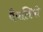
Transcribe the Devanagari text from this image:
पैपलियो